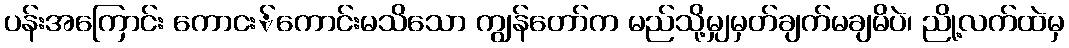
ပန်းအကြောင်း ကောငး်ကောင်းမသိသော ကျွန်တော်က မည်သို့မျှမှတ်ချက်မချမိပဲ၊ ညို့လက်ထဲမှ